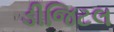
ડીજિટલ